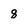
Character: 8